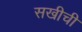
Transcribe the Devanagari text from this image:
सखीची